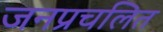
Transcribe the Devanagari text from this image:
जनप्रचलित